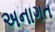
અનાગત